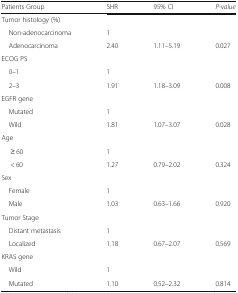
| Patients Group | SHR | 95% CI | P-value |
 | --- | --- | --- | --- |
 | <COLSPAN=4> Tumor histology (%) |
 | Non-adenocarcinoma | 1 |  |  |
 | Adenocarcinoma | 2.40 | 1.11–5.19 | 0.027 |
 | <COLSPAN=4> ECOG PS |
 | 0–1 | 1 |  |  |
 | 2–3 | 1.91 | 1.18–3.09 | 0.008 |
 | <COLSPAN=4> EGFR gene |
 | Mutated | 1 |  |  |
 | Wild | 1.81 | 1.07–3.07 | 0.028 |
 | <COLSPAN=4> Age |
 | ≥ 60 | 1 |  |  |
 | < 60 | 1.27 | 0.79–2.02 | 0.324 |
 | <COLSPAN=4> Sex |
 | Female | 1 |  |  |
 | Male | 1.03 | 0.63–1.66 | 0.920 |
 | <COLSPAN=4> Tumor Stage |
 | Distant metastasis | 1 |  |  |
 | Localized | 1.18 | 0.67–2.07 | 0.569 |
 | <COLSPAN=4> KRAS gene |
 | Wild | 1 |  |  |
 | Mutated | 1.10 | 0.52–2.32 | 0.814 |